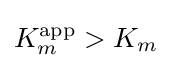
K_{m}^{\text{app}}>K_{m}